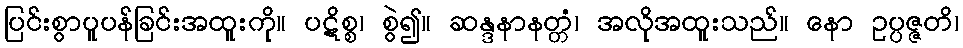
ပြင်းစွာပူပန်ခြင်းအထူးကို။ ပဋိစ္စ၊ စွဲ၍။ ဆန္ဒနာနတ္တံ၊ အလိုအထူးသည်။ နော ဥပ္ပဇ္ဇတိ၊